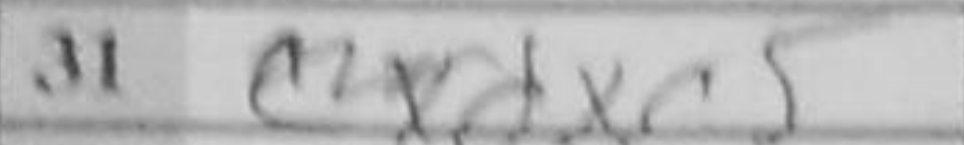
Transcription: dxc5